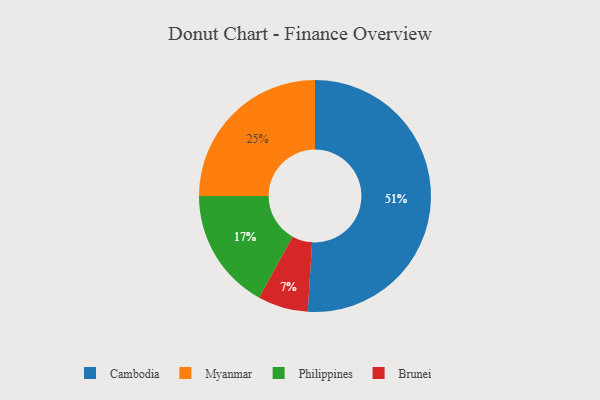
{"axis": {"x": "Category", "y": "Percentage"}, "legend": ["Brunei", "Cambodia", "Myanmar", "Philippines"], "data": [{"x": "Myanmar", "y": 25, "type": "Myanmar"}, {"x": "Philippines", "y": 17, "type": "Philippines"}, {"x": "Cambodia", "y": 51, "type": "Cambodia"}, {"x": "Brunei", "y": 7, "type": "Brunei"}]}